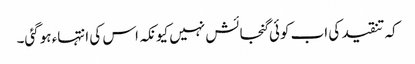
کہ تنقید کی اب کوئی گنجائش نہیں کیونکہ اس کی انتہاء ہوگئی۔